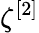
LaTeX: \zeta^{[2]}